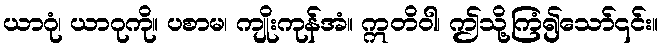
ယာဂုံ၊ ယာဂုကို။ ပစာမ၊ ကျိုးကုန်အံ။ ဣတိဝါ၊ ဤသို့ကြံ၍သော်၎င်း။